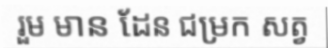
រួម មាន ដែន ជម្រក សត្វ